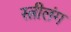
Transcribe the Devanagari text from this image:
स्त्रीलंग